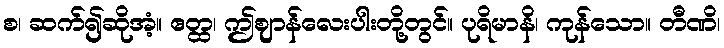
စ၊ ဆက်၍ဆိုအံ့။ ဧတ္ထ၊ ဤဈာန်လေးပါးတို့တွင်။ ပုရိမာနိ၊ ကုန်သော။ တီဏိ၊